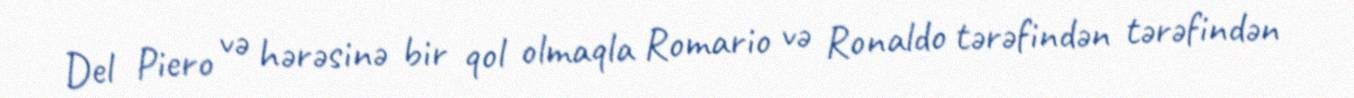
Del Piero və hərəsinə bir qol olmaqla Romario və Ronaldo tərəfindən tərəfindən